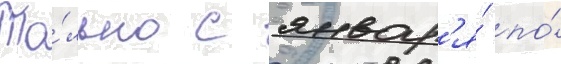
То́лько с январ'я́ по́